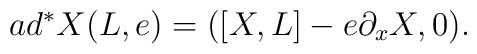
ad^{*}X(L,e)=(\left[ X,L\right] -e\partial _xX,0).